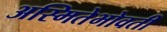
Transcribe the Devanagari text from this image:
अस्मितेभोवती